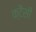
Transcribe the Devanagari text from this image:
क्टैसी